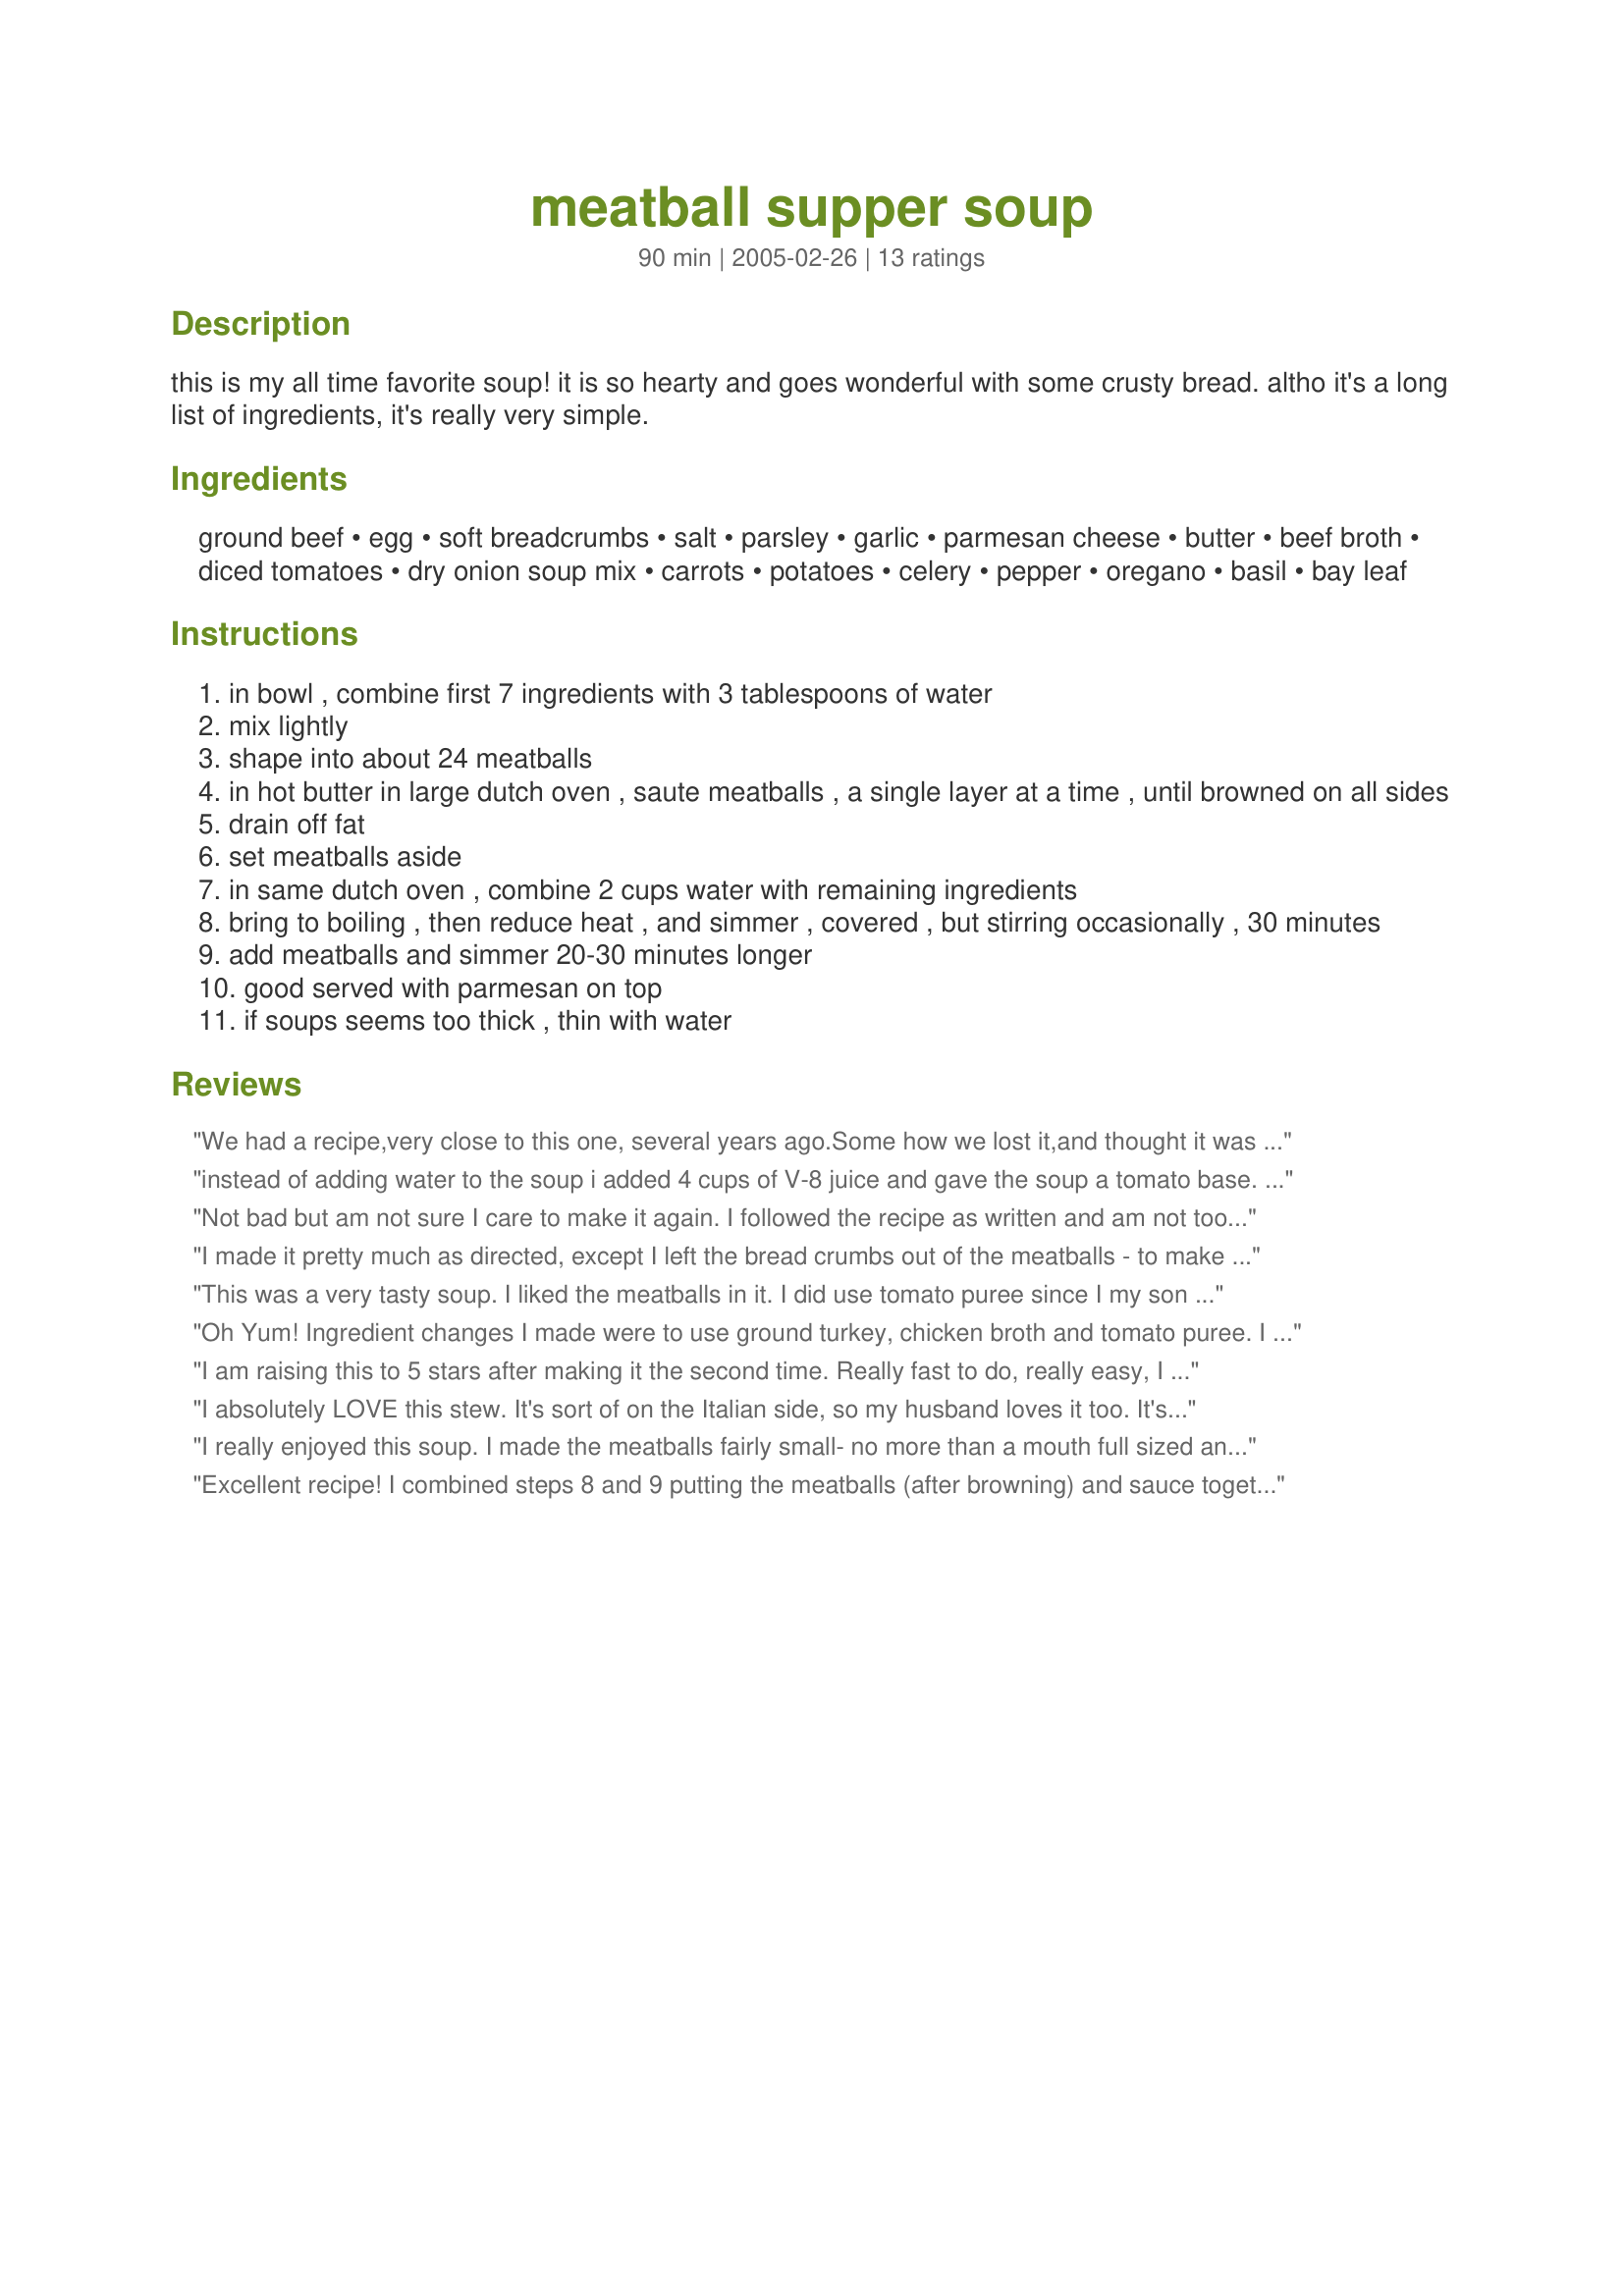
meatball supper soup
Preparation time: 90 minutes

this is my all time favorite soup! it is so hearty and goes wonderful with some crusty bread. altho it's a long list of ingredients, it's really very simple.

Ingredients:
ground beef, egg, soft breadcrumbs, salt, parsley, garlic, parmesan cheese, butter, beef broth, diced tomatoes, dry onion soup mix, carrots, potatoes, celery, pepper, oregano, basil, bay leaf

Steps:
in bowl , combine first 7 ingredients with 3 tablespoons of water
mix lightly
shape into about 24 meatballs
in hot butter in large dutch oven , saute meatballs , a single layer at a time , until browned on all sides
drain off fat
set meatballs aside
in same dutch oven , combine 2 cups water with remaining ingredients
bring to boiling , then reduce heat , and simmer , covered , but stirring occasionally , 30 minutes
add meatballs and simmer 20-30 minutes longer
good served with parmesan on top
if soups seems too thick , thin with water

Reviews:
We had a recipe,very close to this one, several years ago.Some how we lost it,and thought it was gone forever.This is so close to the one we had,that we will always guard it.thank you for giving us back the best soup recipe that has ever been written. Again thank you The Deals
instead of adding water to the soup i added 4 cups of V-8 juice and gave the soup a tomato base. We really enjoyed this soup this way. Great recipe. It was ez to make. I also added 1/2 c of green pepper and some fresh mushrooms to the ingredients because I had them in the fridge. Tasted great and will definitely make again.
Not bad but am not sure I care to make it again. I followed the recipe as written and am not too impressed with the taste of the soup. It is better the next day, though.
I made it pretty much as directed, except I left the bread crumbs out of the meatballs - to make them closer to a "primal or paleo" recipe. I took it to the Tacoma Catholic Worker and everyone loved it - came back for 2nds and thirds. I will definitely be making this again!<br/>My husband overheard a comment that it tasted like something you'd get at Olive Garden!
This was a very tasty soup. I liked the meatballs in it. I did use tomato puree since I my son won't eat something if he sees tomato chunks in it. I'd like to try this in the crock pot next time (though obviusly cooking tehe meatballs before assembling the soup in the crock).
Oh Yum! Ingredient changes I made were to use ground turkey, chicken broth and tomato puree. I baked my meatballs at 400 degrees for 15 minutes then threw them into the soup. I was a little leery of the dry onion soup mix, but it really adds a lot depth. Try this recipe, it%u2019s great!
I am raising this to 5 stars after making it the second time. Really fast to do, really easy, I had everything at home to make it. A very good recipe I will certainly make again. At the end, I found a bit of a taste from the onion soup I think I wasn't sure about so I put in a splash of red wine. This beauiful red soup-stew was also screaming for a bit of green, so in went some minced spinach. The is best not super hot out of the pot, but warm. I can't wait to see what it is like as leftovers, as it is exactly the kind of recipe that gets better a day or two later. Good one, everyone should try it, anyone would like it.
I absolutely LOVE this stew. It's sort of on the Italian side, so my husband loves it too. It's a nice change from our usual vegetable soup. I will be making this often!!
I really enjoyed this soup. I made the meatballs fairly small- no more than a mouth full sized and baked them in the oven. I used tomato puree instead of canned tomatoes and replaced some of the water with more tomato puree. At the last minute, I threw in some leftover cheese tortellini. Thanks so much for posting this recipe.
Excellent recipe! I combined steps 8 and 9 putting the meatballs (after browning) and sauce together for 40 minutes and it was delicious- highly recommended for a week-end meal when you have a little extra time.
This was good but not what I was expecting. It is a good homestyle soup.
Made this for dinner tonight yummy. It was very easy. I used frozen meatballs instead of making them, and added the parm cheese to the soup. I took the advice from chef 386031 instead of 2 cups of water I used one cup of water and 1 cup of v8 juice. Served with bread styx yummmy. this is a keeper thanks
I had some leftover meatballs from another meal that I wanted to use up so I used them instead of making the ones in the recipe. I used tomato puree with basil as suggested so I didn't add the basil at the end of the ingredient list. I didn't add the optional celery. Hubby thought it would make a good spaghetti sauce so I froze what was left and we will give it a try.
